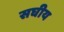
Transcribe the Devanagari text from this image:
सघीय